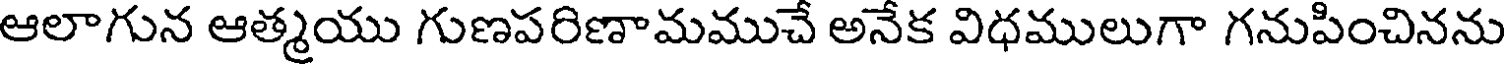
ఆలాగున ఆత్మయు గుణపరిణామముచే అనేక విధములుగా గనుపించినను